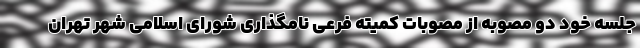
جلسه خود دو مصوبه از مصوبات کمیته فرعی نامگذاری شورای اسلامی شهر تهران